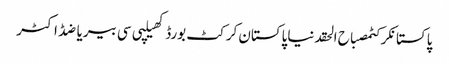
پاکستانکرکٹمصباح الحقدنیاپاکستان کرکٹ بورڈکھیلپی سی بیریاضڈاکٹر